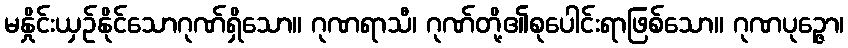
မနှိုင်းယှဉ်နိုင်သောဂုဏ်ရှိသော။ ဂုဏရာသီ၊ ဂုဏ်တို့၏စုပေါင်းရာဖြစ်သော။ ဂုဏပုဉ္ဇော၊